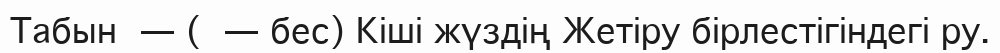
Табын — ( — бес) Кіші жүздің Жетіру бірлестігіндегі ру.